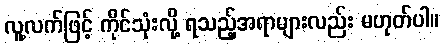
လူ့လက်ဖြင့် ကိုင်သုံးလို့ ရသည့်အရာများလည်း မဟုတ်ပါ။